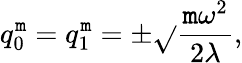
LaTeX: q_{0}^{\mathtt{m}}=q_{1}^{\mathtt{m}}=\pm\sqrt{}{{\frac{{\mathtt{m}\omega^{2}}}{{2\lambda}}}},